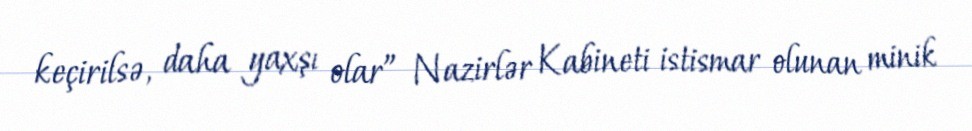
keçirilsə, daha yaxşı olar” Nazirlər Kabineti istismar olunan minik